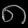
Digit: ၈